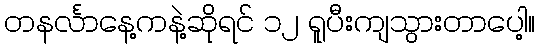
တနင်္လာနေ့ကနဲ့ဆိုရင် ၁၂ ရူပီးကျသွားတာပေါ့။